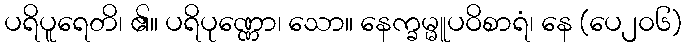
ပရိပူရေတိ၊ ၏။ ပရိပုဏ္ဏော၊ သော။ နေက္ခမ္မူပဝိစာရံ၊ နေ (ပေ၂၀၆)